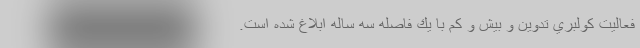
فعاليت كولبري تدوين و بيش و كم با يك فاصله سه ساله ابلاغ شده است.